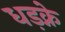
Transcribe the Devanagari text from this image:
धड़क्ने